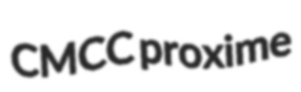
CMCC proxime